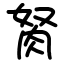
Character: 胬